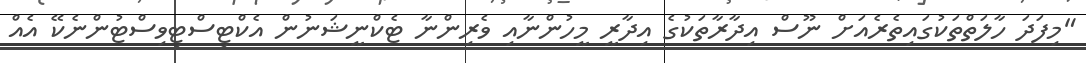
"މިފަދަ ހާލަތްތަކުގައިތެރެއަށް ނޫސް އިދާރާތަކުގެ އިދާރީ މީހުންނާއި ވެރިންނާ ޓެކްނީޝަނުން އެކްޓިސްޓިވިސްޓުންނެކޭ އެއް